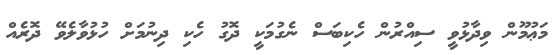
މަޢުމޫން ވިދާޅުވީ ސިއްރުން ހެކިބަސް ނެގުމަކީ ދޮގު ހެކި ދިނުމަށް ހުޅުވާލެވޭ ދޮރެއް